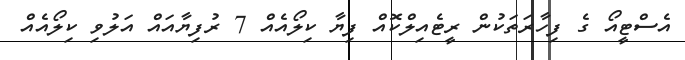
އެސްޓީއޯ ގެ ފިހާރަތަކުން ރީޓެއިލްކޮއް ފިޔާ ކިލޯއެއް 7 ރުފިޔާއައް އަލުވި ކިލޯއެއް